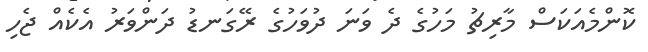
ކޮންމެއަކަސް މާރިޗު މަހުގެ ދެ ވަނަ ދުވަހުގެ ރޭގަނޑު ދަންވަރު އެކެއް ޖެހި